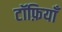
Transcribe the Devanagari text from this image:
टॉफ़ियाँ